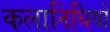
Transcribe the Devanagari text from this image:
कलानिधियों